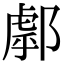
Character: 𨝘